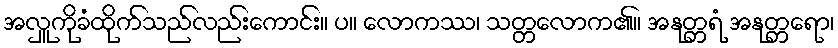
အလှူကိုခံထိုက်သည်လည်းကောင်း။ ပ။ လောကဿ၊ သတ္တလောက၏။ အနုတ္တရံ အနုတ္တရော၊